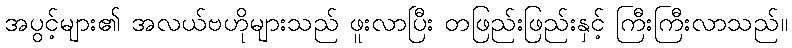
အပွင့်များ၏ အလယ်ဗဟိုများသည် ဖူးလာပြီး တဖြည်းဖြည်းနှင့် ကြီးကြီးလာသည်။